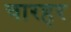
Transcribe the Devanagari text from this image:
चारहर